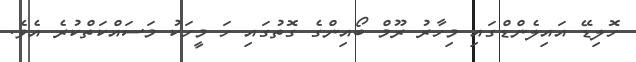
ހޮލިޑޭ އައިލެންޑްގައި މިހާރު ރޫމް ބޯއިންގެ ގޮތުގައި ހަ މީހަކު މަސައްކަތްކުރެ އެވެ.